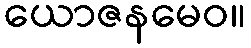
ယောဇနမေဝ။